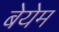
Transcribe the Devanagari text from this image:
बेयेम